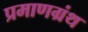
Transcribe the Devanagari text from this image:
प्रमाणग्रंथ